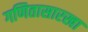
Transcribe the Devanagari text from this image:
गणितासारखा